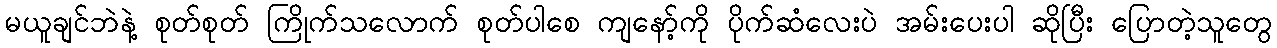
မယူချင်ဘဲနဲ့ စုတ်စုတ် ကြိုက်သလောက် စုတ်ပါစေ ကျနော့်ကို ပိုက်ဆံလေးပဲ အမ်းပေးပါ ဆိုပြီး ပြောတဲ့သူတွေ